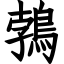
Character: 鵓